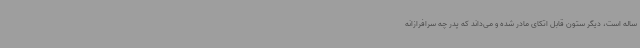
ساله است، دیگر ستون قابل اتکای مادر شده و می‌داند که پدر چه سرافرازانه